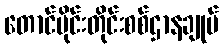
တောင်ပိုင်းတိုင်းစစ်ဌာနချုပ်